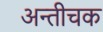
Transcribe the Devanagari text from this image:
अन्तीचक